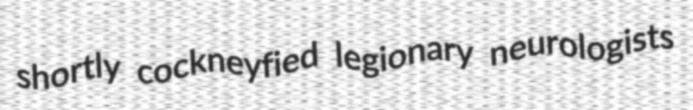
shortly cockneyfied legionary neurologists